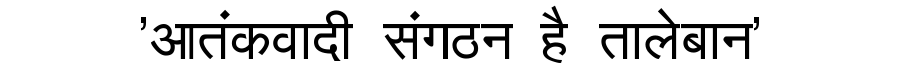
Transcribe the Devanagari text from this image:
'आतंकवादी संगठन है तालेबान'